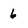
Character: 6